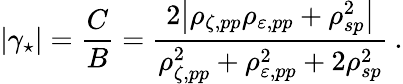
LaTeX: |\gamma_{\star}|=\frac{C}{B}=\frac{2\big|\rho_{\zeta,pp}\rho_{\varepsilon,pp}+\rho_{sp}^{2}\big|}{\rho_{\zeta,pp}^{2}+\rho_{\varepsilon,pp}^{2}+2\rho_{sp}^{2}}\: .